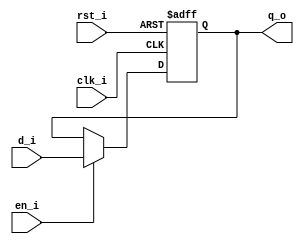
// Name: reg_rst_en.v
//
// Description: Basic register with reset and enable

module reg_rst_en #(
  parameter Width = 8
) (
  input                  clk_i,
  input                  rst_i,
  input                  en_i,
  input      [Width-1:0] d_i,
  output reg [Width-1:0] q_o
);

  always @(posedge clk_i, posedge rst_i) begin
    if (rst_i)
      q_o <= 0;
    else if (en_i)
      q_o <= d_i;
  end

endmodule